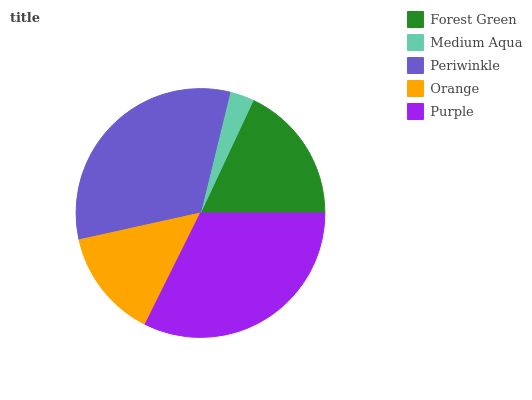
| Forest Green | Medium Aqua | Periwinkle | Orange | Purple |
 | --- | --- | --- | --- | --- |
 | 18% | 3.15% | 32.3% | 14.2% | 32.3% |